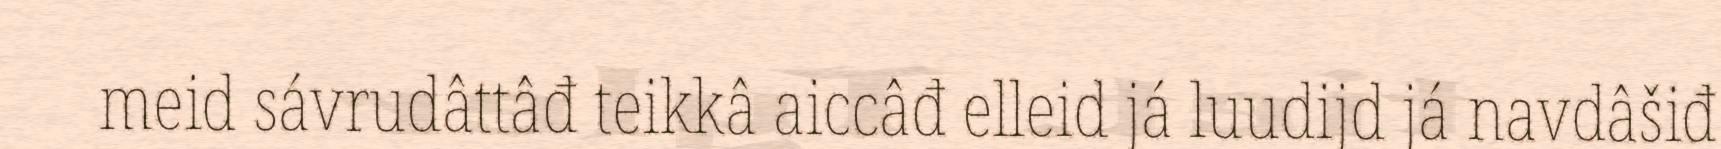
meid sávrudâttâđ teikkâ aiccâđ elleid já luudijd já navdâšiđ